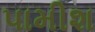
પામીશ